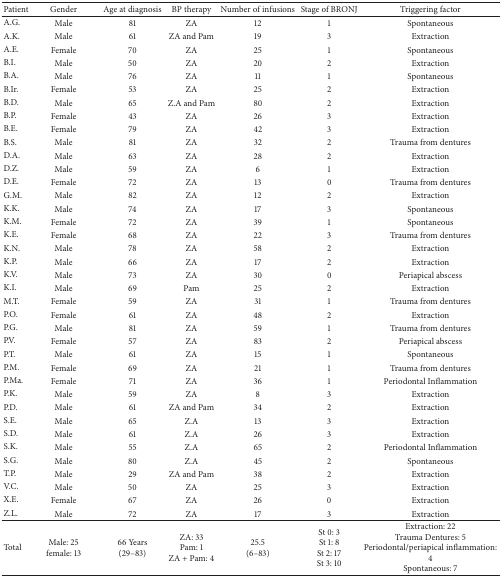
<table><thead><tr><td><b>Patient</b></td><td><b>Gender</b></td><td><b>Age at diagnosis</b></td><td><b>BP therapy</b></td><td><b>Number of infusions</b></td><td><b>Stage of BRONJ</b></td><td><b>Triggering factor</b></td></tr></thead><tbody><tr><td>A.G.</td><td>Male</td><td>81</td><td>ZA</td><td>12</td><td>1</td><td>Spontaneous</td></tr><tr><td>A.K.</td><td>Male</td><td>61</td><td>ZA and Pam</td><td>19</td><td>3</td><td>Extraction</td></tr><tr><td>A.E.</td><td>Female</td><td>70</td><td>ZA</td><td>25</td><td>1</td><td>Spontaneous</td></tr><tr><td>B.I.</td><td>Male</td><td>50</td><td>ZA</td><td>20</td><td>2</td><td>Extraction</td></tr><tr><td>B.A.</td><td>Male</td><td>76</td><td>ZA</td><td>11</td><td>1</td><td>Spontaneous</td></tr><tr><td>B.Ir.</td><td>Female</td><td>53</td><td>ZA</td><td>25</td><td>2</td><td>Extraction</td></tr><tr><td>B.D.</td><td>Male</td><td>65</td><td>Z.A and Pam</td><td>80</td><td>2</td><td>Extraction</td></tr><tr><td>B.P.</td><td>Female</td><td>43</td><td>ZA</td><td>26</td><td>3</td><td>Extraction</td></tr><tr><td>B.E.</td><td>Female</td><td>79</td><td>ZA</td><td>42</td><td>3</td><td>Extraction</td></tr><tr><td>B.S.</td><td>Male</td><td>81</td><td>ZA</td><td>32</td><td>2</td><td>Trauma from dentures</td></tr><tr><td>D.A.</td><td>Male</td><td>63</td><td>ZA</td><td>28</td><td>2</td><td>Extraction</td></tr><tr><td>D.Z.</td><td>Male</td><td>59</td><td>ZA</td><td>6</td><td>1</td><td>Extraction</td></tr><tr><td>D.E.</td><td>Female</td><td>72</td><td>ZA</td><td>13</td><td>0</td><td>Trauma from dentures</td></tr><tr><td>G.M.</td><td>Male</td><td>82</td><td>ZA</td><td>12</td><td>2</td><td>Extraction</td></tr><tr><td>K.K.</td><td>Male</td><td>74</td><td>ZA</td><td>17</td><td>3</td><td>Spontaneous</td></tr><tr><td>K.M.</td><td>Female</td><td>72</td><td>ZA</td><td>39</td><td>1</td><td>Spontaneous</td></tr><tr><td>K.E.</td><td>Female</td><td>68</td><td>ZA</td><td>22</td><td>3</td><td>Trauma from dentures</td></tr><tr><td>K.N.</td><td>Male</td><td>78</td><td>ZA</td><td>58</td><td>2</td><td>Extraction</td></tr><tr><td>K.P.</td><td>Male</td><td>66</td><td>ZA</td><td>17</td><td>2</td><td>Extraction</td></tr><tr><td>K.V.</td><td>Male</td><td>73</td><td>ZA</td><td>30</td><td>0</td><td>Periapical abscess</td></tr><tr><td>K.I.</td><td>Male</td><td>69</td><td>Pam</td><td>25</td><td>2</td><td>Extraction</td></tr><tr><td>M.T.</td><td>Female</td><td>59</td><td>ZA</td><td>31</td><td>1</td><td>Trauma from dentures</td></tr><tr><td>P.O.</td><td>Female</td><td>61</td><td>ZA</td><td>48</td><td>2</td><td>Extraction</td></tr><tr><td>P.G.</td><td>Male</td><td>81</td><td>ZA</td><td>59</td><td>1</td><td>Trauma from dentures</td></tr><tr><td>P.V.</td><td>Female</td><td>57</td><td>ZA</td><td>83</td><td>2</td><td>Periapical abscess</td></tr><tr><td>P.T.</td><td>Male</td><td>61</td><td>ZA</td><td>15</td><td>1</td><td>Spontaneous</td></tr><tr><td>P.M.</td><td>Female</td><td>69</td><td>ZA</td><td>21</td><td>1</td><td>Trauma from dentures</td></tr><tr><td>P.Ma.</td><td>Female</td><td>71</td><td>ZA</td><td>36</td><td>1</td><td>Periodontal Inflammation</td></tr><tr><td>P.K.</td><td>Male</td><td>59</td><td>ZA</td><td>8</td><td>3</td><td>Extraction</td></tr><tr><td>P.D.</td><td>Male</td><td>61</td><td>ZA and Pam</td><td>34</td><td>2</td><td>Extraction</td></tr><tr><td>S.E.</td><td>Male</td><td>65</td><td>Z.A</td><td>13</td><td>3</td><td>Extraction</td></tr><tr><td>S.D.</td><td>Male</td><td>61</td><td>Z.A</td><td>26</td><td>3</td><td>Extraction</td></tr><tr><td>S.K.</td><td>Male</td><td>55</td><td>Z.A</td><td>65</td><td>2</td><td>Periodontal Inflammation</td></tr><tr><td>S.G.</td><td>Male</td><td>80</td><td>Z.A</td><td>45</td><td>2</td><td>Spontaneous</td></tr><tr><td>T.P.</td><td>Male</td><td>29</td><td>ZA and Pam</td><td>38</td><td>2</td><td>Extraction</td></tr><tr><td>V.C.</td><td>Male</td><td>50</td><td>ZA</td><td>25</td><td>3</td><td>Extraction</td></tr><tr><td>X.E.</td><td>Female</td><td>67</td><td>ZA</td><td>26</td><td>0</td><td>Extraction</td></tr><tr><td>Z.L.</td><td>Male</td><td>72</td><td>ZA</td><td>17</td><td>3</td><td>Extraction</td></tr><tr><td>Total</td><td>Male: 25female: 13</td><td>66 Years(29–83)</td><td>ZA: 33 Pam: 1ZA + Pam: 4</td><td>25.5(6–83)</td><td>St 0: 3St 1: 8St 2: 17St 3: 10</td><td>Extraction: 22Trauma Dentures: 5Periodontal/periapical inflammation: 4Spontaneous: 7</td></tr></tbody></table>